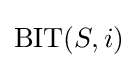
{\text{BIT}}(S,i)